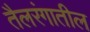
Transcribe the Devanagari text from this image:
तैलरंगातील